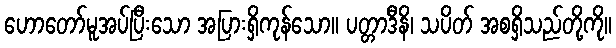
ဟောတော်မူအပ်ပြီးသော အပြားရှိကုန်သော။ ပတ္တာဒီနိ၊ သပိတ် အစရှိသည်တို့ကို။